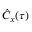
\hat { C } _ { x } ( \tau )